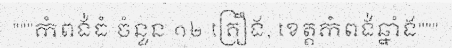
"""កំពង់ធំ ចំនួន ១២ គ្រឿង, ខេត្តកំពង់ឆ្នាំង"""